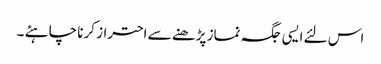
اس لئے ایسی جگہ نماز پڑھنے سے احتراز کرنا چاہئے ۔